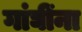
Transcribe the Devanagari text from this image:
गांघींना